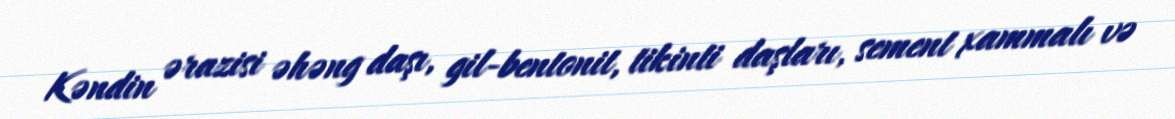
Kəndin ərazisi əhəng daşı, gil-bentonit, tikinti daşları, sement xammalı və